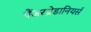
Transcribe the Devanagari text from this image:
पैंजरग्रेडानियर्स